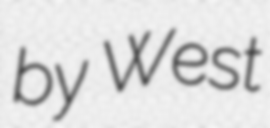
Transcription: by West